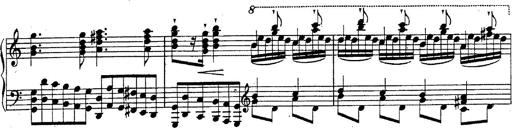
Title: Fantasie Ã¼ber Themen aus Mozarts Figaro und Don Giovanni
Composer: Franz Liszt